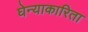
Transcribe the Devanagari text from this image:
घेन्याकारिता